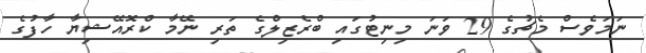
ނަމަވެސް މެޗުގެ 29 ވަނަ މިނިޓުގައި ބްރެޒިލްގެ ތަރި ނޭމާ ކްރޮއޭޝިޔާ ހާފުގެ